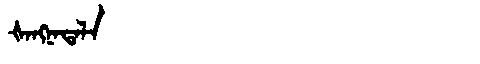
Manchu: ᡧᠠᠩᠨᠠᡨᠠᠯᠠ
Romanization: ŠANGNATALA